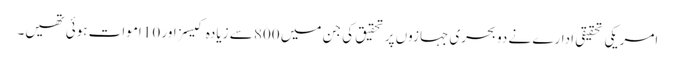
امریکی تحقیقی ادارے نے دو بحری جہازوں پر تحقیق کی جن میں 800 سے زیادہ کیسز اور 10 اموات ہوئی تھیں۔